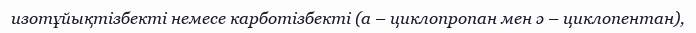
изотұйықтізбекті немесе карботізбекті (а – циклопропан мен ә – циклопентан),